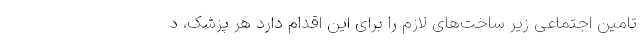
تامین اجتماعی زیر ساخت‌های لازم را برای این اقدام دارد هر پزشک، د